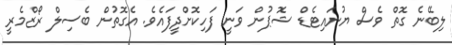
ލިބޭނެ ގޮތް ވެސް ޔުނައިޓެޑް ޝޮޕުން ވަނީ ފަހިކޮށްދީފައެވެ. އެގޮތުން ބެސިލް ރޯޒްމެރީ